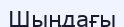
Шыңдағы